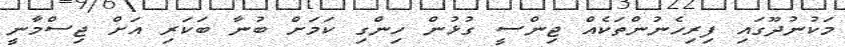
މަކުނުދޫގައި ފިރިހެނުންތަކެއް ޖިންސީ ގުޅުން ހިންގި ކަމަށް ބުނާ ބަކަރި އަށް ޖިސްމާނީ